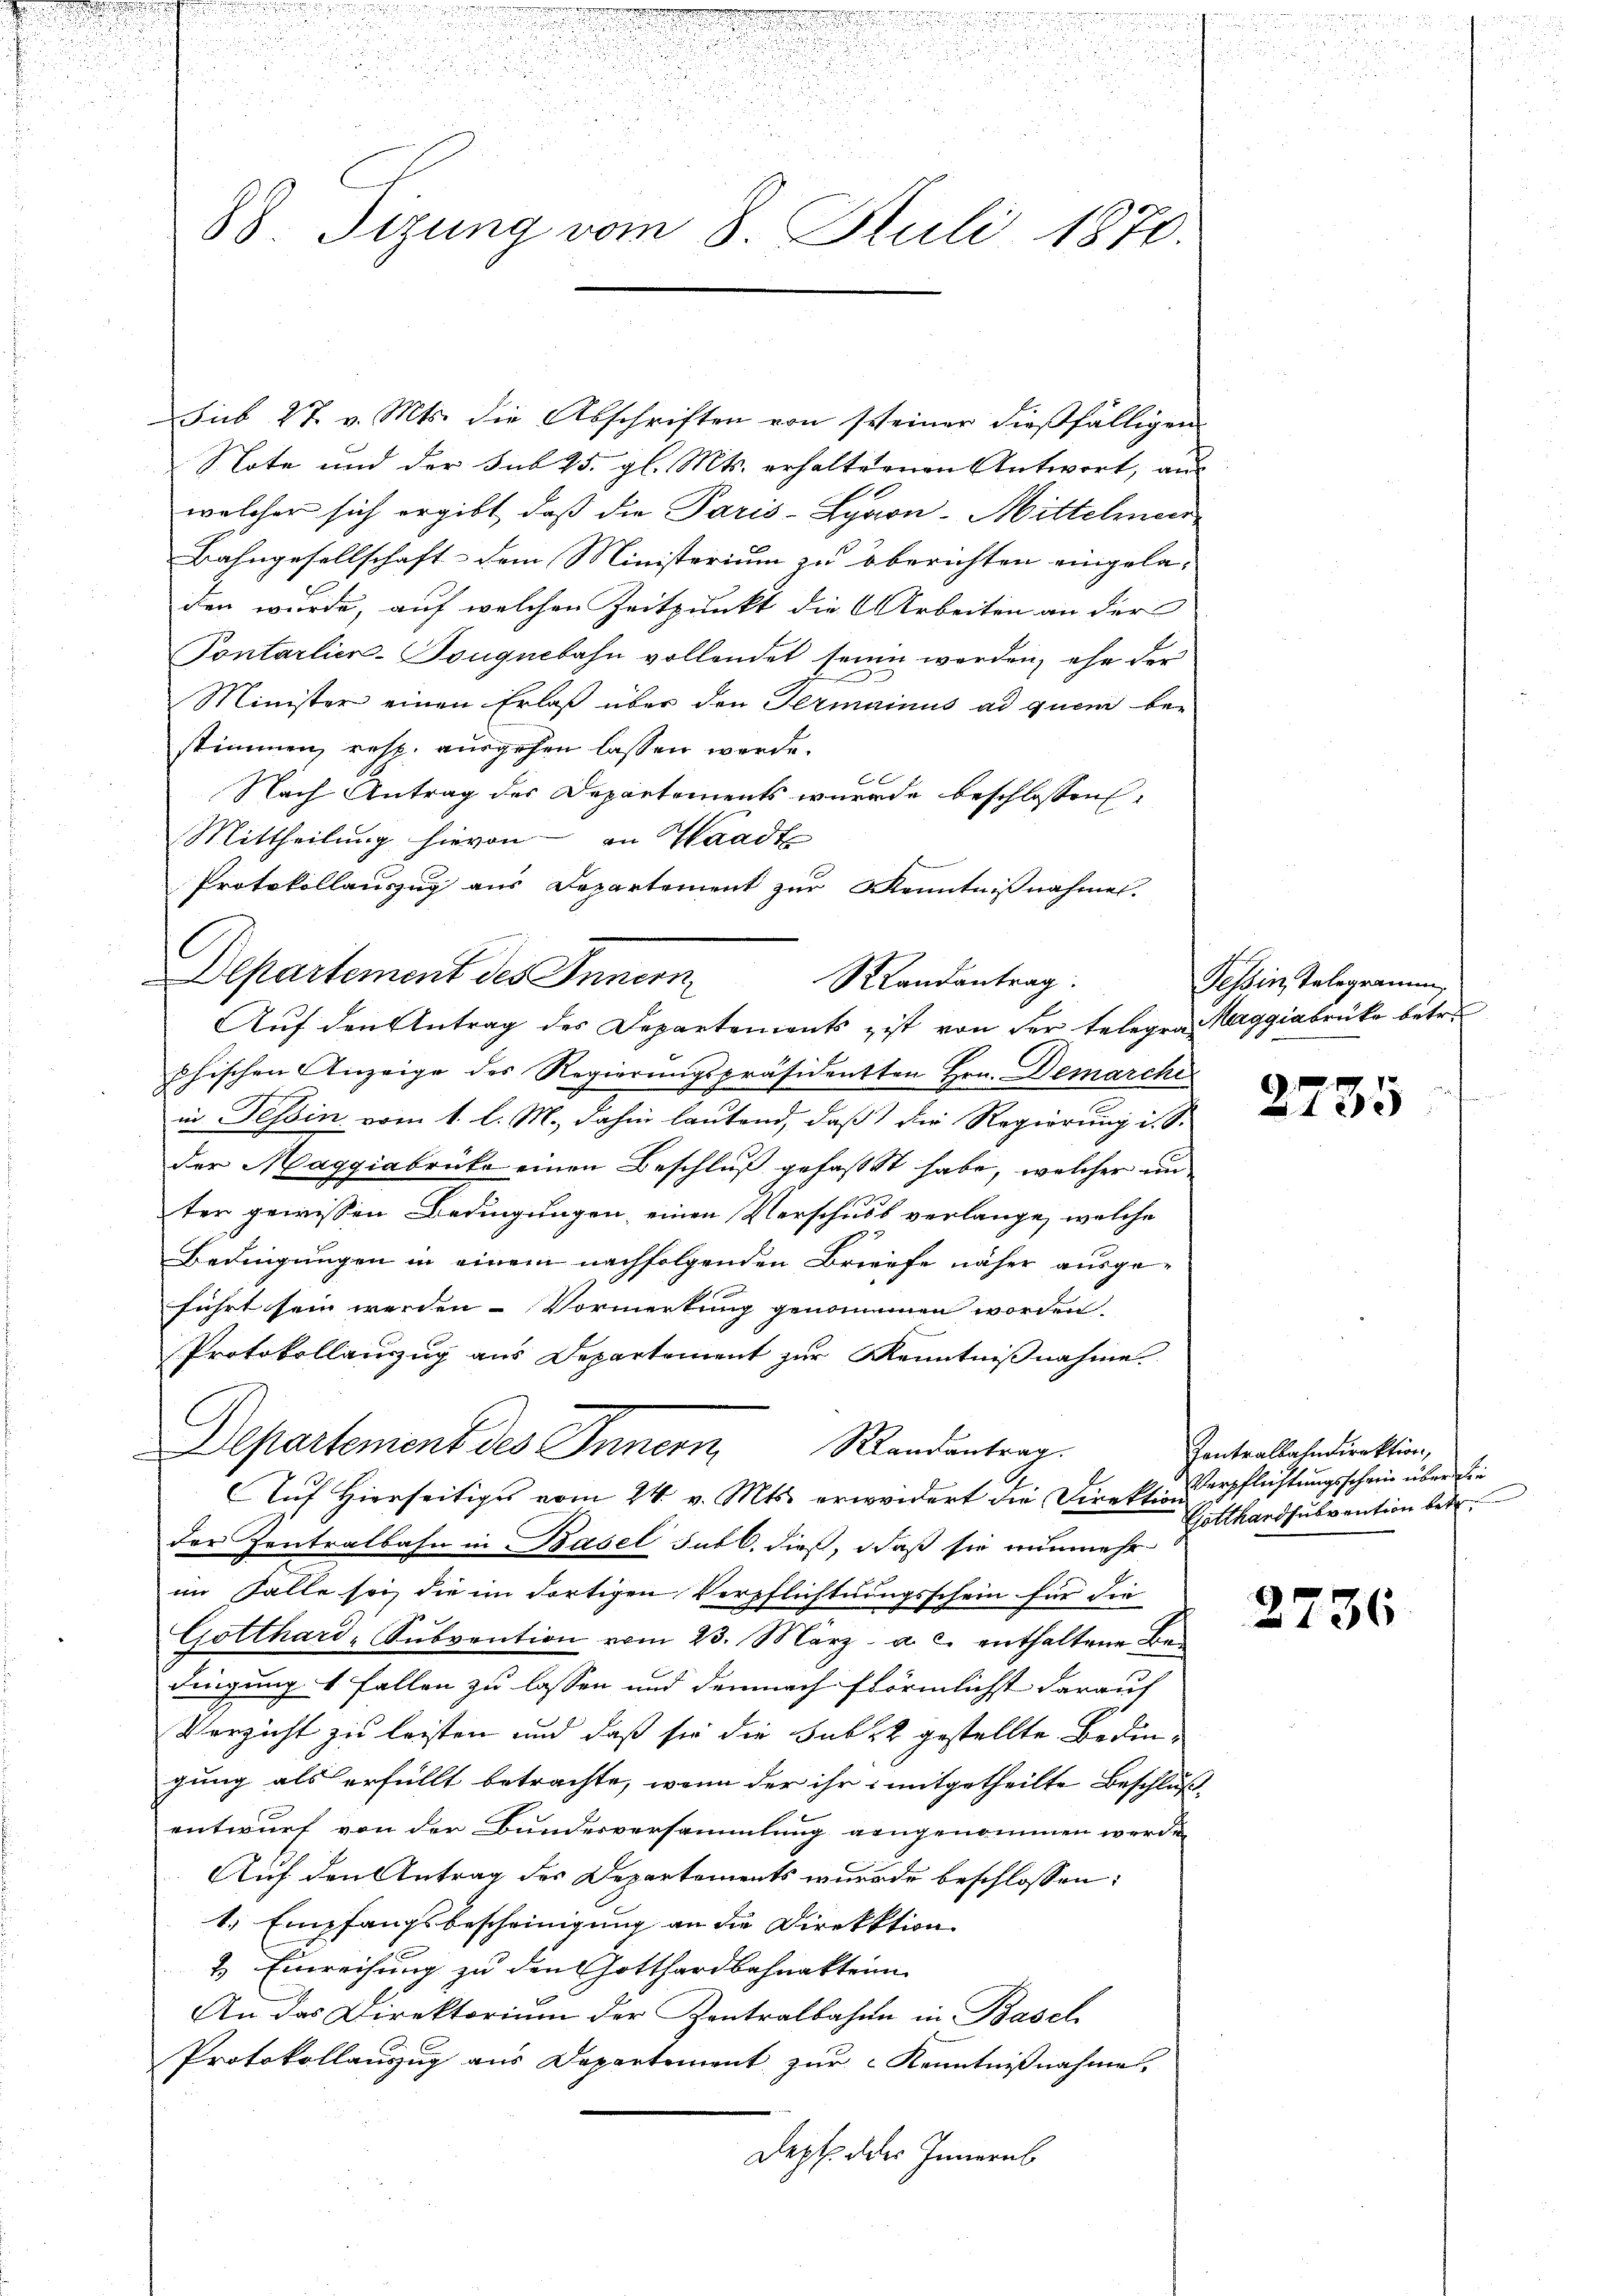
u

u

n
88. Tizung vom 8. Juli 1870.

Sub 27. v. Mts. die Abschriften von scheiner dießfälligen
Note und der sub 25. gl. Mts. erhaltenen Antwort, aus
welcher sich ergibt, daß die Paris-Lyaon-Mittelmeis
Bahngesellschaft dem Ministerium zu Oberichten eingelachen wurde, auf welchen Zeitpunkt die Arbeiten an der
Pontarlier-Souguebahn vollendet seine werden, ehe der
Minister einen Erlaß über den Germainus ad quem be-
stimmen, resp. ausgehen lassen werde.
E
Nach Antrag der Departements wurde beschlossen,
Mittheilung hievon in Waadt
f
Protokollauszug aus Departement zur Kenntnißnahmen.
Departement des Innern,
phischen Anzeige des Regierungspräsidenten Hrn. Demarche
in Tessin vom 1. l. M., dahin lautend, daß die Regierung i. S.
der Maggiabrücke einen Beschluß gefasst habe, welcher un
ter gewissen Bedingungen einen Verschuss verlange, welche
Bedingungen in einem nachfolgenden Briefe näher ausge-
führt sein werden. Vormerkung genommen worden.
Protokollauszug aus Departement zur Kenntnißnahme.
C
Departement des Innern, Randantrag
Auf Hierseitiges vom 24. v. Mts. erwaidert die Direktion
der Zentralbahn in Basel subl. dieß, daß sie nunmehr
im Falle sei, die im dortigen Verpflichtungsschein für die
Gotthard-Sŭbvention vom 23. März a. c. enthaltene Be-
dingung 1 Fallen zu lassen und demnach förmlichst darauf
Verzicht zu leisten und daß sie die habe gestellte Bedingung als erfüllt betrachte, wenn der ihr mitgetheilte Beschluß-
entwurf von der Bundesversammlung gangenommen werde.
Auf den Antrag des Departements wurde beschlossen:
1. Empfangsbescheinigung an die Direkktion
2. Einreihung zu den Gotthardbahnakterm
An das Direktoriŭm der Zentralbahne in Basel
Protokollauszug aus Departement zur Kenntnißnahme
Dept. des Innern

Randantrag.
Auf den Antrag des Departements ist von der telegen Maggiabrücke betr.

Tessin, Telegramm,

2785

Zentralbahndirektion,
Verpflichtungsschein über die
Gotthardsubvention betr.

2736